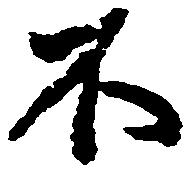
不